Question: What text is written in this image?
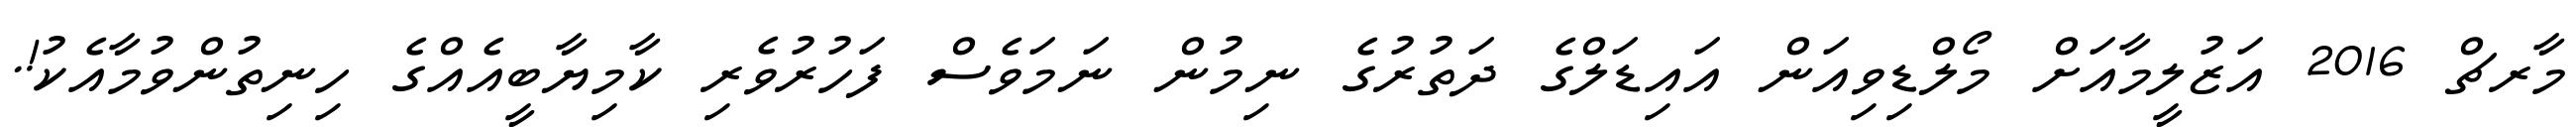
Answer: މާރޗް 2016 އަޒުލީމާއަށް މޯލްޑިވިއަން އައިޑަލްގެ ދަތުރުގެ ނިމުން ނަމަވެސް ފަހުރުވެރި ކާމިޔާބީއެއްގެ ހިނިތުންވުމާއެކު!.